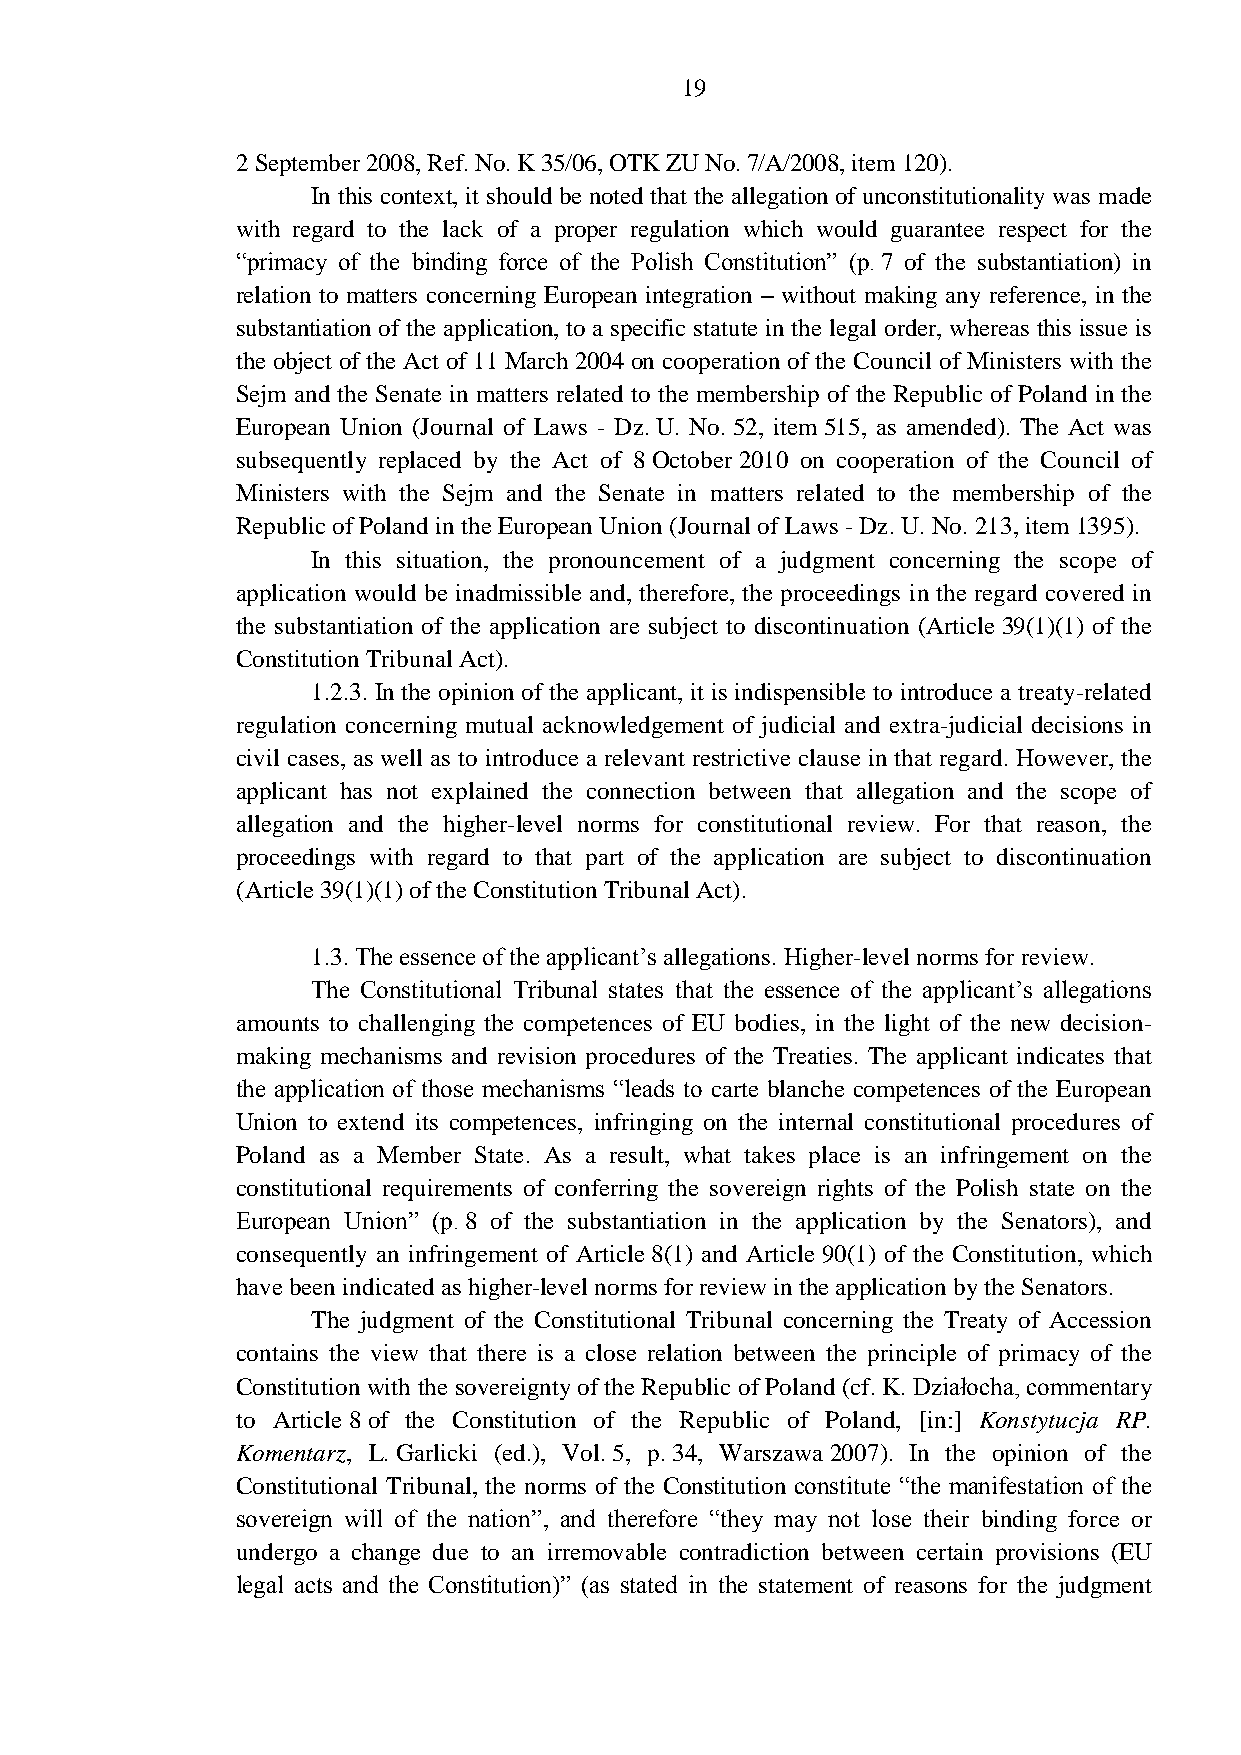
19
 2 September 2008, Ref. No. K 35/06, OTK ZU No. 7/A/2008, item 120).
 In this context, it should be noted that the allegation of unconstitutionality was made
 with regard to the lack of a proper regulation which would guarantee respect for the
 “primacy of the binding force of the Polish Constitution” (p. 7 of the substantiation) in
 relation to matters concerning European integration – without making any reference, in the
 substantiation of the application, to a specific statute in the legal order, whereas this issue is
 the object of the Act of 11 March 2004 on cooperation of the Council of Ministers with the
 Sejm and the Senate in matters related to the membership of the Republic of Poland in the
 European Union (Journal of Laws - Dz. U. No. 52, item 515, as amended). The Act was
 subsequently replaced by the Act of 8 October 2010 on cooperation of the Council of
 Ministers with the Sejm and the Senate in matters related to the membership of the
 Republic of Poland in the European Union (Journal of Laws - Dz. U. No. 213, item 1395).
 In this situation, the pronouncement of a judgment concerning the scope of
 application would be inadmissible and, therefore, the proceedings in the regard covered in
 the substantiation of the application are subject to discontinuation (Article 39(1)(1) of the
 Constitution Tribunal Act).
 1.2.3. In the opinion of the applicant, it is indispensible to introduce a treaty-related
 regulation concerning mutual acknowledgement of judicial and extra-judicial decisions in
 civil cases, as well as to introduce a relevant restrictive clause in that regard. However, the
 applicant has not explained the connection between that allegation and the scope of
 allegation and the higher-level norms for constitutional review. For that reason, the
 proceedings with regard to that part of the application are subject to discontinuation
 (Article 39(1)(1) of the Constitution Tribunal Act).
 1.3. The essence of the applicant’s allegations. Higher-level norms for review.
 The Constitutional Tribunal states that the essence of the applicant’s allegations
 amounts to challenging the competences of EU bodies, in the light of the new decision-
 making mechanisms and revision procedures of the Treaties. The applicant indicates that
 the application of those mechanisms “leads to carte blanche competences of the European
 Union to extend its competences, infringing on the internal constitutional procedures of
 Poland as a Member State. As a result, what takes place is an infringement on the
 constitutional requirements of conferring the sovereign rights of the Polish state on the
 European Union” (p. 8 of the substantiation in the application by the Senators), and
 consequently an infringement of Article 8(1) and Article 90(1) of the Constitution, which
 have been indicated as higher-level norms for review in the application by the Senators.
 The judgment of the Constitutional Tribunal concerning the Treaty of Accession
 contains the view that there is a close relation between the principle of primacy of the
 Constitution with the sovereignty of the Republic of Poland (cf. K. Działocha, commentary
 to Article 8 of the Constitution of the Republic of Poland, [in:] Konstytucja RP.
 Komentarz, L. Garlicki (ed.), Vol. 5, p. 34, Warszawa 2007). In the opinion of the
 Constitutional Tribunal, the norms of the Constitution constitute “the manifestation of the
 sovereign will of the nation”, and therefore “they may not lose their binding force or
 undergo a change due to an irremovable contradiction between certain provisions (EU
 legal acts and the Constitution)” (as stated in the statement of reasons for the judgment